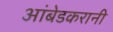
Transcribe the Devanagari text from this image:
आंबेडकरानी